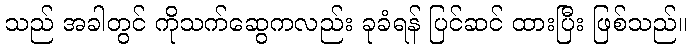
သည် အခါတွင် ကိုသက်ဆွေကလည်း ခုခံရန် ပြင်ဆင် ထားပြီး ဖြစ်သည်။